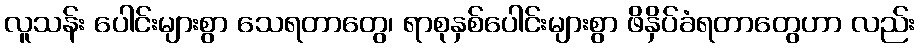
လူသန်း ပေါင်းများစွာ သေရတာတွေ၊ ရာစုနှစ်ပေါင်းများစွာ ဖိနှိပ်ခံရတာတွေဟာ လည်း